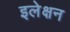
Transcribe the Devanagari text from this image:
इलेक्षन